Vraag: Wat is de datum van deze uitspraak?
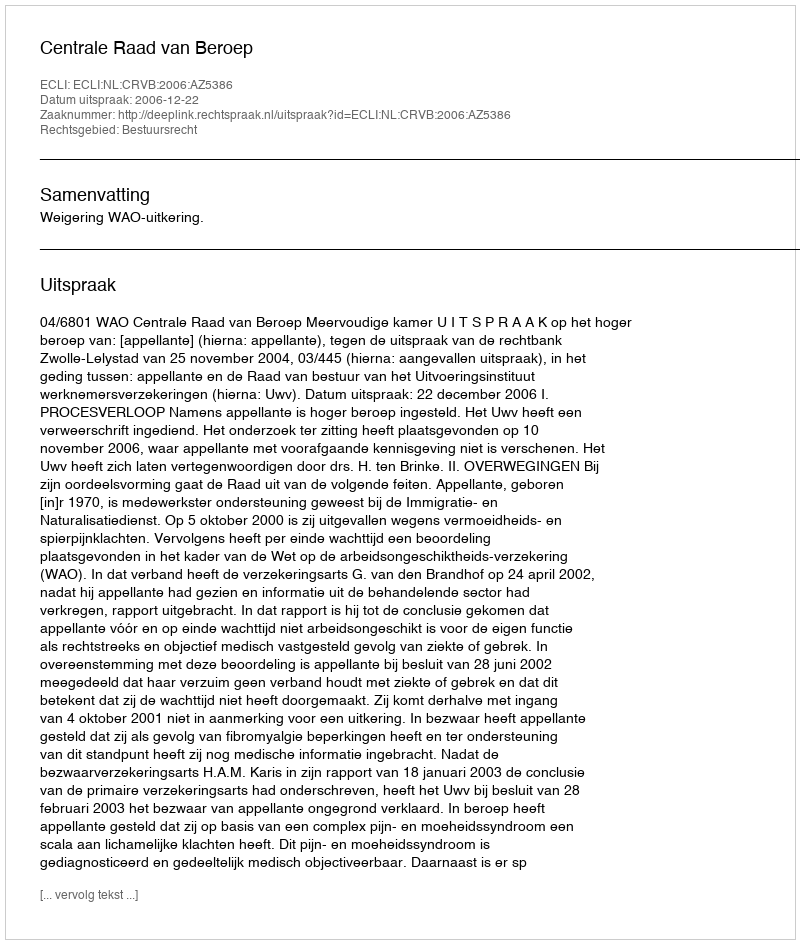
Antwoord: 2006-12-22